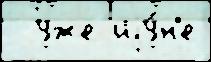
  уже иjу́н'е